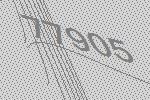
77905